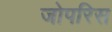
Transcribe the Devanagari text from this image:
जोपरिस